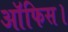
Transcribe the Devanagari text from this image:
आॅफिस।